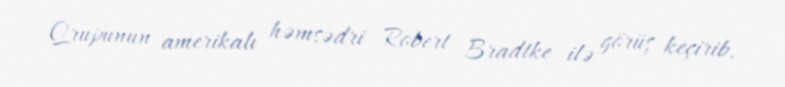
Qrupunun amerikalı həmsədri Robert Bradtke ilə görüş keçirib.